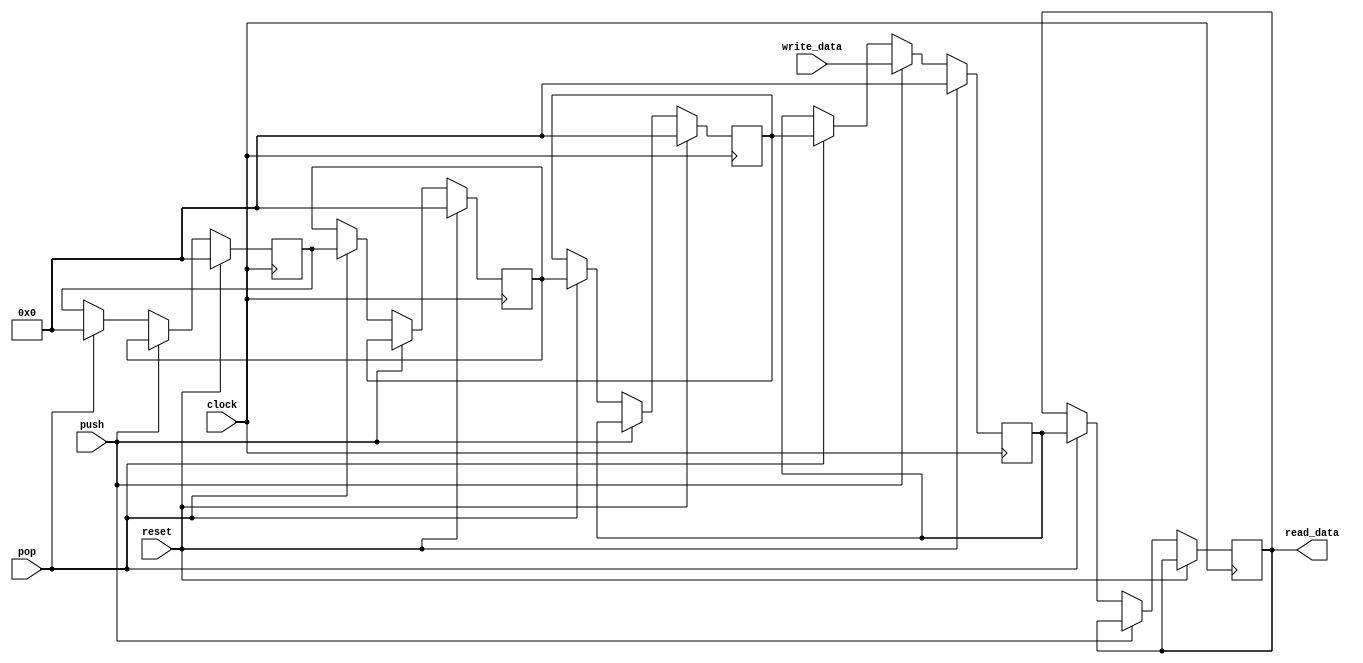
module lab7_4_1

#(parameter DATA_WIDTH=8, parameter STACK_SIZE=4)

(
    input  clock,
    input  reset,
    input  push,
    input  pop,

    input  [DATA_WIDTH - 1:0] write_data,
    output reg [DATA_WIDTH - 1:0] read_data
);

    reg [DATA_WIDTH - 1:0] stack [0:STACK_SIZE - 1];
	
	// invert clk button
    wire w_clk = ~ clock;

    integer i;

    always @(posedge w_clk)
    begin
        if (reset)
        begin
            for (i = 0; i < STACK_SIZE; i = i + 1)
                stack [i] <= 0;
        end
        else if (push)
        begin
            for (i = 0; i < STACK_SIZE - 1; i = i + 1)
				    stack [i + 1] <= stack [i];

            stack [0] <= write_data;
        end
        else if (pop)
        begin
            for (i = 0; i < STACK_SIZE - 1; i = i + 1)
                stack [i] <= stack [i + 1];

            stack [STACK_SIZE - 1] <= 0;
				read_data = stack [0];
        end
    end

endmodule